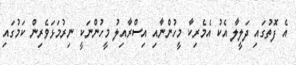
އެ ފޮތުގައި ދަލީލާ އެކު އެމެރިކާ މީހުންނާއި އިސްރާއިލު މީހުންނަކީ ނިރުމަޅަވެރިން ކަމުގައި